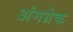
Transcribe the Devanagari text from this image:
अंगग्रेक